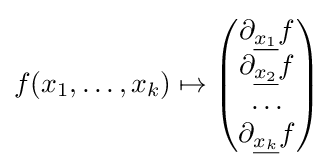
f(x_{1},\ldots ,x_{k})\mapsto {\begin{pmatrix}\partial _{\underline {x_{1}}}f\\\partial _{\underline {x_{2}}}f\\\ldots \\\partial _{\underline {x_{k}}}f\\\end{pmatrix}}